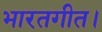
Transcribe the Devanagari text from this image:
भारतगीत।